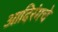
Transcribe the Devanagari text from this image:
आदिरंगचे